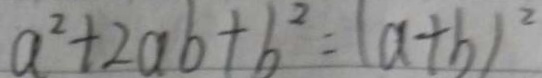
a ^ { 2 } + 2 a b + b ^ { 2 } = ( a + b ) ^ { 2 }